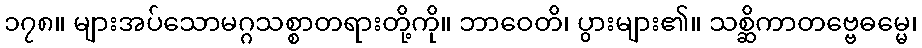
၁၇၈။ များအပ်သောမဂ္ဂသစ္စာတရားတို့ကို။ ဘာဝေတိ၊ ပွားများ၏။ သစ္ဆိကာတဗ္ဗေဓမ္မေ၊